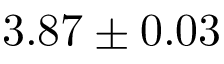
3 . 8 7 \pm 0 . 0 3